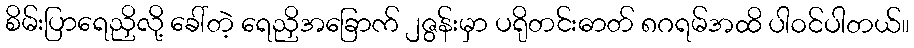
စိမ်းပြာရေညှိလို့ ခေါ်တဲ့ ရေညှိအခြောက် ၂ဇွန်းမှာ ပရိုတင်းဓာတ် ၈ဂရမ်အထိ ပါဝင်ပါတယ်။